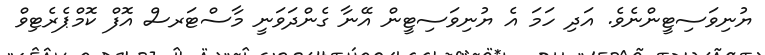
ޔުނިވަސިޓީންނެވެ. އަދި ހަމަ އެ ޔުނިވަސިޓީން އޭނާ ގެންދަވަނީ މާސްޓަރސް އޮފް ކޮމްޕެރެޓިވް